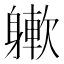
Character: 𨉻